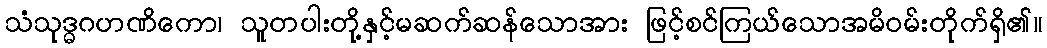
သံသုဒ္ဓဂဟဏိကော၊ သူတပါးတို့နှင့်မဆက်ဆန်သောအား ဖြင့်စင်ကြယ်သောအမိဝမ်းတိုက်ရှိ၏။